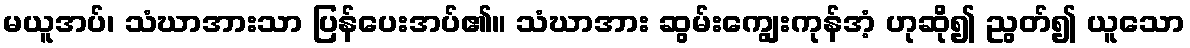
မယူအပ်၊ သံဃာအားသာ ပြန်ပေးအပ်၏။ သံဃာအား ဆွမ်းကျွေးကုန်အံ့ ဟုဆို၍ ညွတ်၍ ယူသော